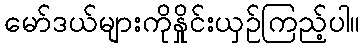
မော်ဒယ်များကိုနှိုင်းယှဉ်ကြည့်ပါ။